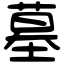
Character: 墓